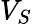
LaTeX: V_{S}